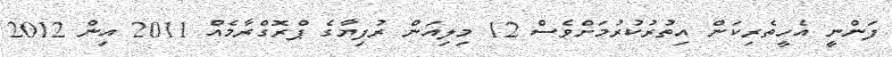
ފަންނީ އެހީތެރިކަން އިތުރުކުރުމަށްވެސް 12 މިލިއަން ރުފިޔާގެ ޕްރޮގްރާމެއް 2011 އިން 2012